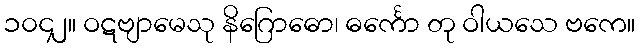
၁၀၄၂။ ဝဋဗျာမေသု နိဂြောဓော၊ ဓင်္ကော တု ဝါယသေ ဗကေ။